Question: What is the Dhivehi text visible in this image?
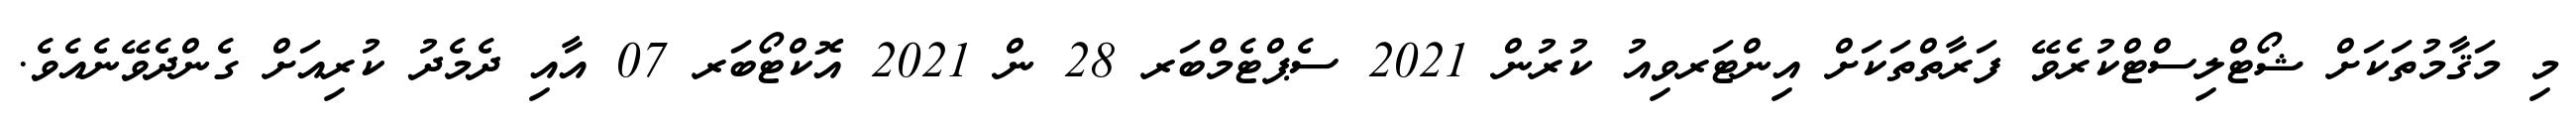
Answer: މި މަޤާމުތަކަށް ޝޯޓްލިސްޓްކުރެވޭ ފަރާތްތަކަށް އިންޓަރވިއު ކުރުން 2021 ސެޕްޓެމްބަރ 28 ން 2021 އޮކްޓޯބަރ 07 އާއި ދެމެދު ކުރިއަށް ގެންދެވޭނެއެވެ.